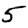
Digit: 5